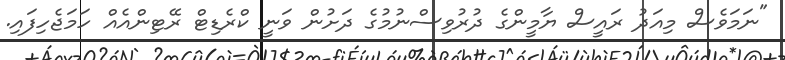
"ނަމަވެސް މިއަދު ރައީސް ޔާމީންގެ ދުރުވިސްނުމުގެ ދަށުން ވަނީ ކްރެޑިޓް ރޭޓިންއެއް ހަމަޖެހިފައި.